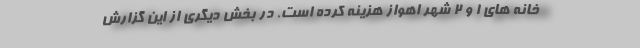
خانه های ۱ و ۲ شهر اهواز هزینه کرده است. در بخش دیگری از این گزارش